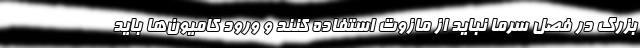
بزرگ در فصل سرما نباید از مازوت استفاده کنند و ورود کامیون‌ها باید